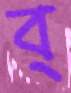
ব্